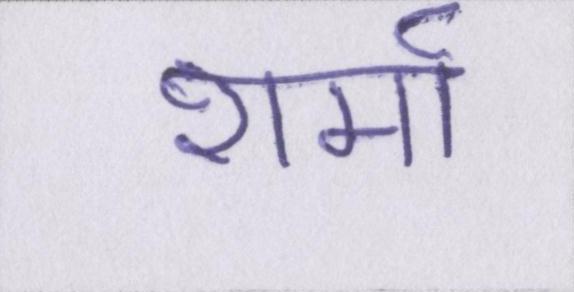
शर्मा